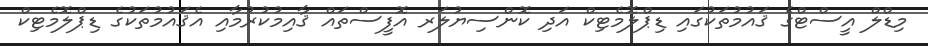
މިޑްލް އީސްޓްގެ ޤައުމުތަކުގައި ޑިޕްލޮމެޓިކް އަދި ކޮންސިޔުލަރ އޮފީސްތައް ޤާއިމުކުރުމާއި އެޤައުމުތަކުގެ ޑިޕްލޮމެޓިކް